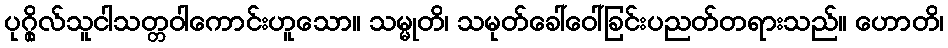
ပုဂ္ဂိုလ်သူငါသတ္တဝါကောင်းဟူသော။ သမ္မုတိ၊ သမုတ်ခေါ်ဝေါ်ခြင်းပညတ်တရားသည်။ ဟောတိ၊